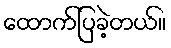
ထောက်ပြခဲ့တယ်။